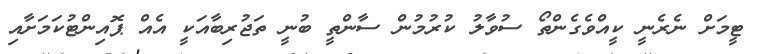
ޓީމަށް ނެރެނީ ކީއްވެގެންތޯ ސުވާލު ކުރުމުން ސާންތީ ބުނީ ތަޖުރިބާއަކީ އެއް ޕޮއިންޓުކަމަށާއި